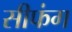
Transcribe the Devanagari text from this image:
सीफंग